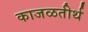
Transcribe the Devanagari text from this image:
काजळतीर्थ